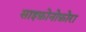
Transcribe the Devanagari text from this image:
साइफ़ोनोफ़ोरा